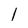
Character: l